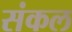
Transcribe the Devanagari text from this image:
संकल